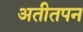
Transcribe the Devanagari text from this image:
अतीतपन